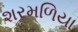
શરમળિયા